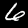
Label: 6